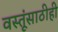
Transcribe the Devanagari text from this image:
वस्तूंसाठीही